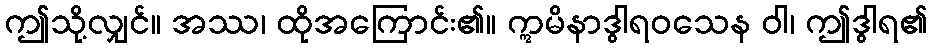
ဤသို့လျှင်။ အဿ၊ ထိုအကြောင်း၏။ ဣမိနာဒွါရဝသေန ဝါ၊ ဤဒွါရ၏